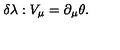
\delta \lambda : V _ { \mu } = \partial _ { \mu } \theta .